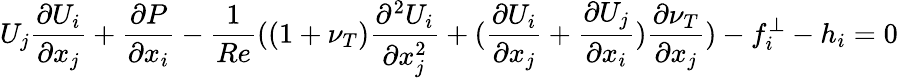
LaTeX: U_{j}\frac{\partial U_{i}}{\partial x_{j}}+\frac{\partial P}{\partial x_{i}}-\frac{1}{Re}((1+\nu_{T})\frac{\partial^{2}U_{i}}{\partial x_{j}^{2}}+(\frac{\partial U_{i}}{\partial x_{j}}+\frac{\partial U_{j}}{\partial x_{i}})\frac{\partial\nu_{T}}{\partial x_{j}})-f_{i}^{\perp}-h_{i}=0